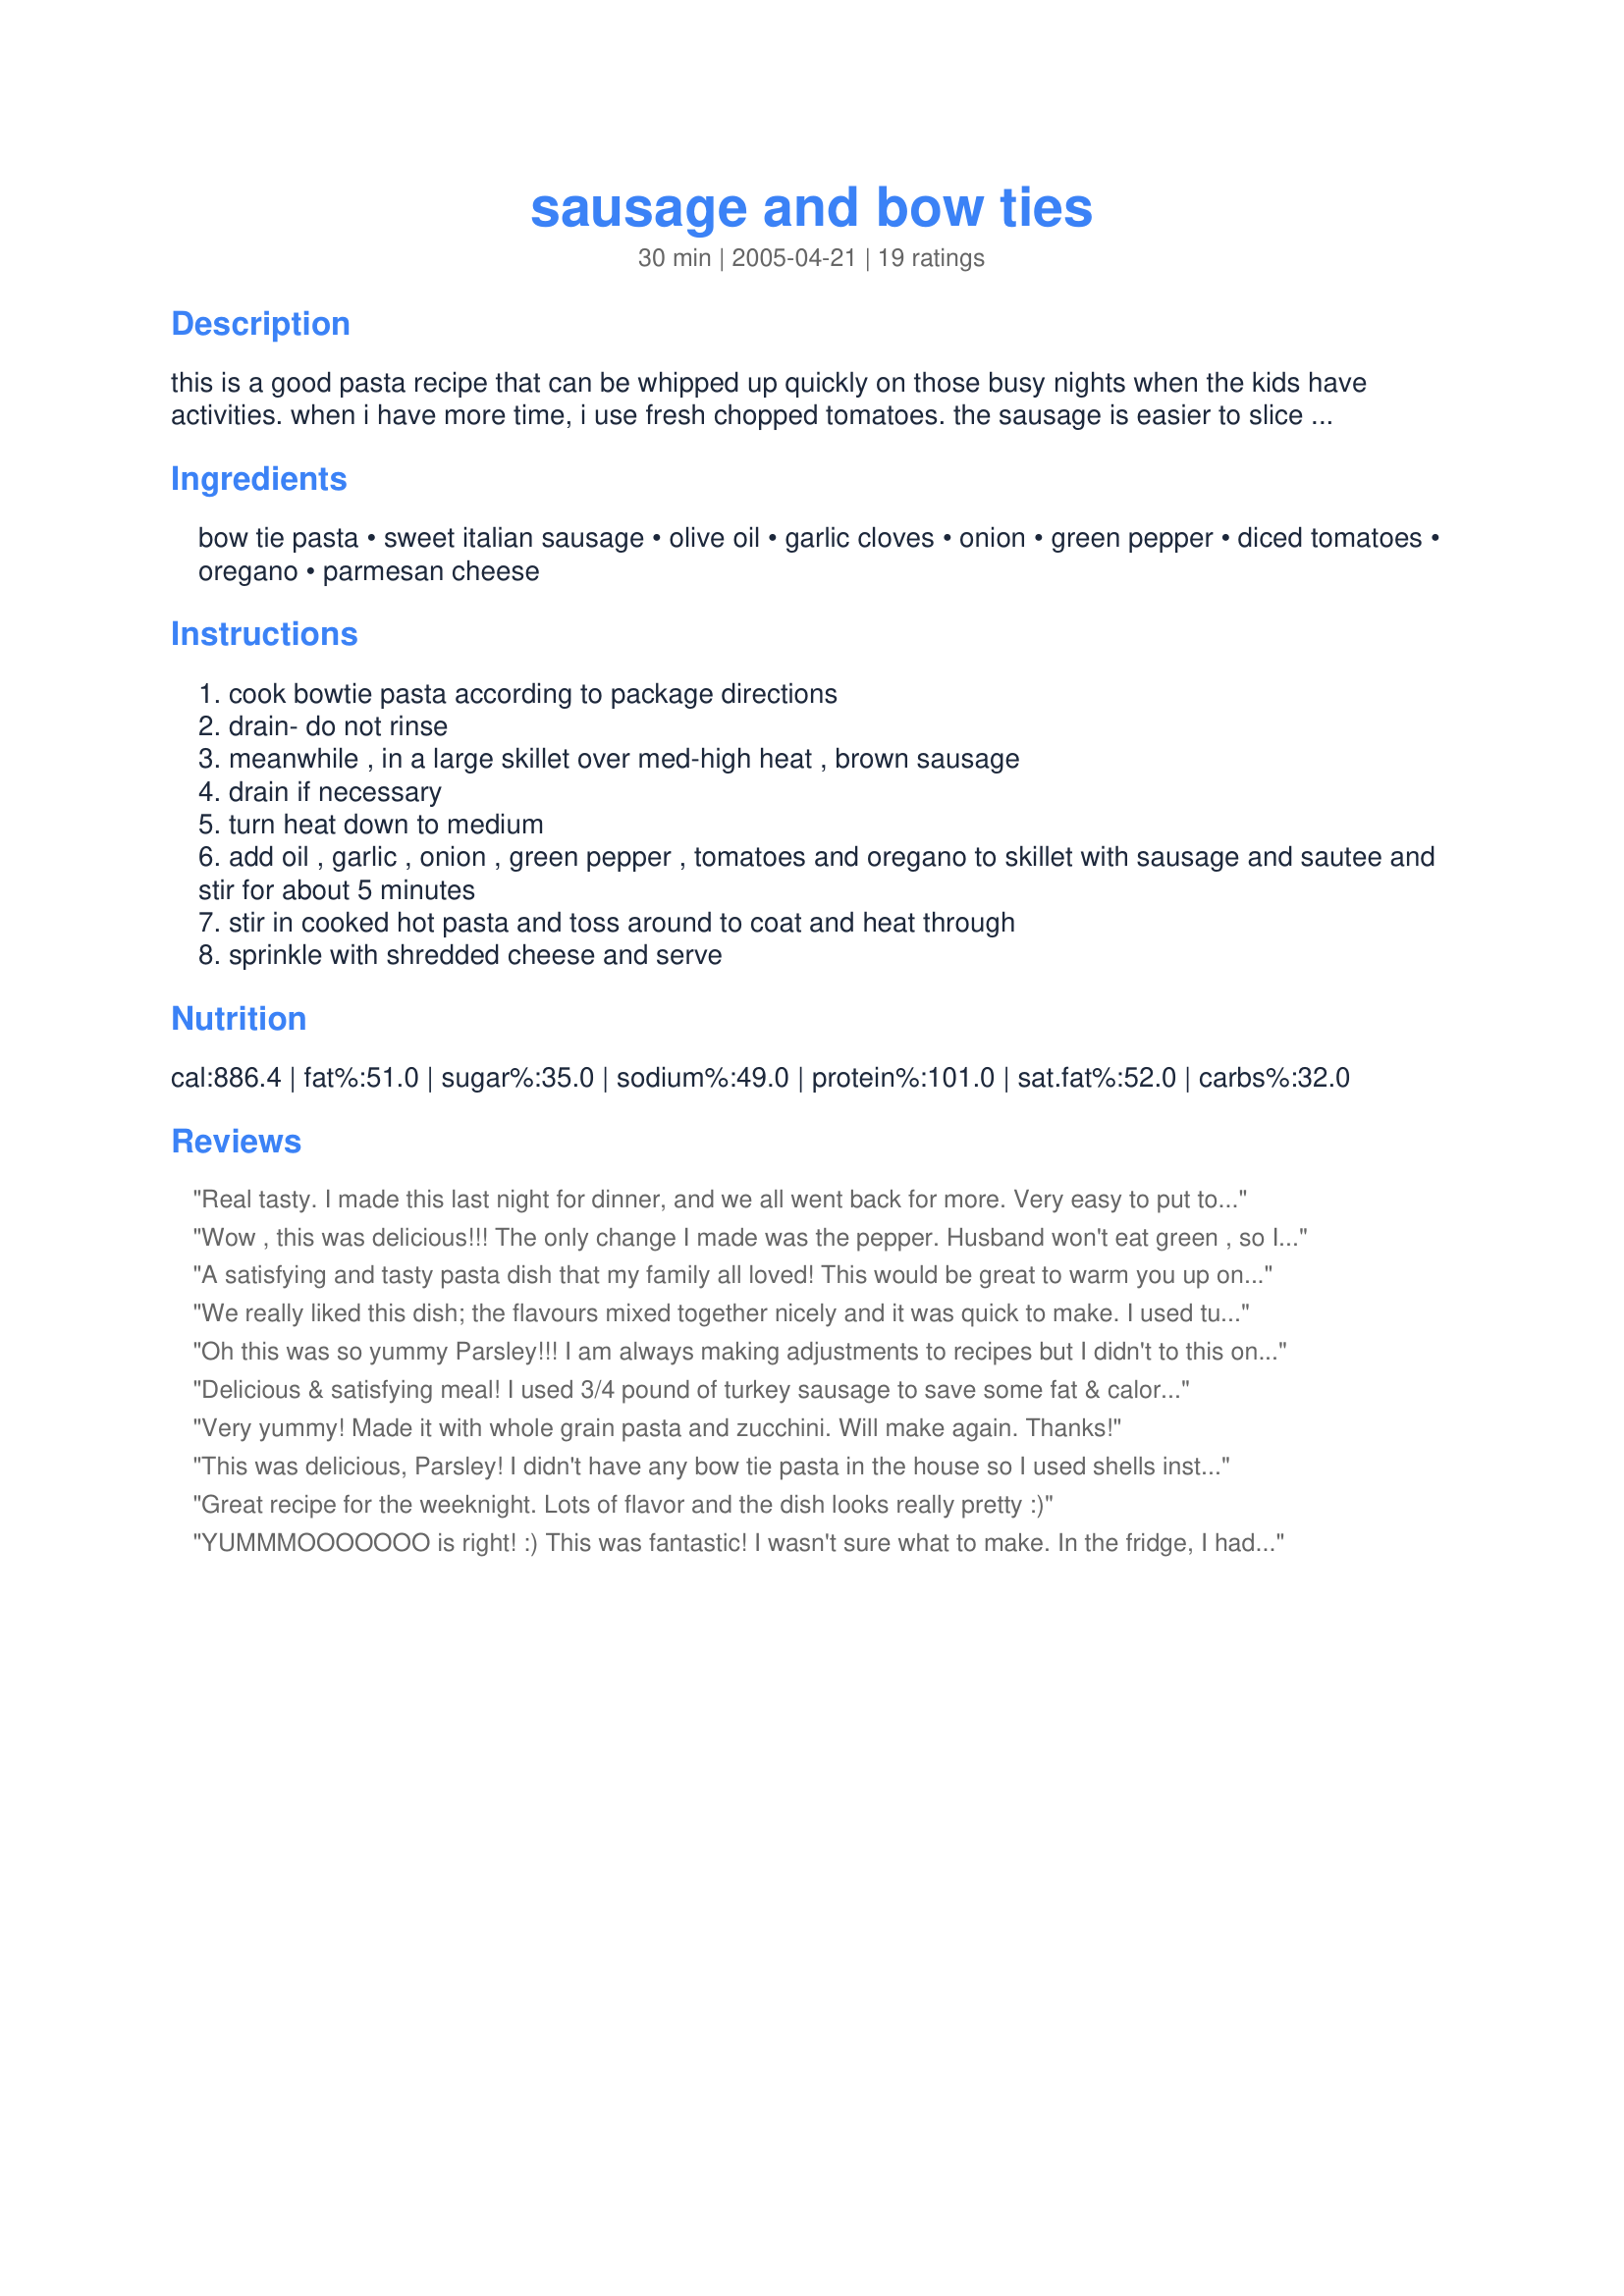
sausage and bow ties
Preparation time: 30 minutes

this is a good pasta recipe that can be whipped up quickly on those busy nights when the kids have activities. when i have more time, i use fresh chopped tomatoes. the sausage is easier to slice if you stick it in the freezer for about 20-30 minutes to firm it up a bit. cook time includes pasta cooking time.

Ingredients:
bow tie pasta, sweet italian sausage, olive oil, garlic cloves, onion, green pepper, diced tomatoes, oregano, parmesan cheese

Steps:
cook bowtie pasta according to package directions
drain- do not rinse
meanwhile , in a large skillet over med-high heat , brown sausage
drain if necessary
turn heat down to medium
add oil , garlic , onion , green pepper , tomatoes and oregano to skillet with sausage and sautee and stir for about 5 minutes
stir in cooked hot pasta and toss around to coat and heat through
sprinkle with shredded cheese and serve

Reviews:
Real tasty. I made this last night for dinner, and we all went back for more. Very easy to put together, although I think next time I'll leave the sausage in the freezer longer. Had a heck of a time slicing it neatly, but it all worked out in the end.Thanks!
Wow , this was delicious!!!
The only change I made was the pepper. Husband won't eat green , so I used a red ... and I didn't slice up the sausage, I took it out of it's casing (shudders) and fried it up like burger.
Delicious blend of flavors in this one! I just got done eating some re-heated for lunch and I have to say, I almost like it better the next day!
Great recipe Parsley!!! Thanks for sharing!! :)
A satisfying and tasty pasta dish that my family all loved! This would be great to warm you up on a crisp autumn evening, but I'm sure we'll be enjoying your quick-to-make recipe again before fall arrives ~ Thanks!
We really liked this dish; the flavours mixed together nicely and it was quick to make. I used turkey sausages and cut back the recipe back by 1/3 and there was still a generous serving for 4 people. I used the fresh tomato option which I loved because I like pasta dishes that are not too saucy. Made for ZWT & by Food.Commadoes
Oh this was so yummy Parsley!!! I am always making adjustments to recipes but I didn't to this one because it was perfect as is!!!! the only thing I did was minus 1 tbl spoon of oil and add mozzarella to the final finish! I used jalapeno kielbasa from Walmart, it was what I had and it turned out perfect. SO GOOD I had to share it on the food blog!!! wish I could give more than 5 stars http://rockinldschefs.blogspot.com/ THANK YOU
Delicious & satisfying meal! I used 3/4 pound of turkey sausage to save some fat & calories. And, I used yellow peppers instead of green. I've tried similar recipes without the results that I got from this recipe - perfect combination of ingredients.
Very yummy! Made it with whole grain pasta and zucchini. Will make again. Thanks!
This was delicious, Parsley! I didn't have any bow tie pasta in the house so I used shells instead and it turned out wonderfully! My entire family enjoyed their meal. This is a very quick dish to put together and quite satisfying. We are looking forward to having the leftovers again tomorrow ; )
Great recipe for the weeknight. Lots of flavor and the dish looks really pretty :)
YUMMMOOOOOOO is right! :) This was fantastic! I wasn't sure what to make. In the fridge, I had some chunks of red, orange and green bell peppers; also a little sweet italian sausage. Mark wanted breakfast for dinner, and that just didn't sound good to me. So, I came upon this wonderful recipe with the ingredients on hand. The sausage wasn't links, and I didn't have any parmesan cheese, but I put some shaved gouda over the top with some parsley, Parsley! LOL! I will DEFINITELY make this again. I'm so glad I waited to make dinner! Thank you sooo much!
I found this very similar to my "Recipe #181314" It was a interesting change to add tomatoes though. I did find that 2 cans of tomatoes was too much though. My DH loved it though cause I'm not a big fan of canned tomatoes, so I never cook with them.
Quick, simple, tasty. I will make two small changes next time; less bow ties and more sausage.
Very good, quick and easy. I scaled by 1/2, used fresh roma's and a 1 lb tube of Jimmy Dean Italian sausage. Didn't use the green pepper as I didn't have it. Also didn't use the olive oil, just left a bit of the sausage grease. I replaced the parmesan with just a sprinkle mozzarella, as that is all I had. When I make it with can tomatoes I will drain them. Thanks for posting!
Superb for such quick meal. I added fresh basil and extra garlic. I also stirred in cheese to combine the flavors well. For ZWT.
This is really good!! I did make a couple of changes tho, using yellow pepper instead of green just because of preference and I didn't have the sweet Italian sausage on hand, but breakfast links, which I cooked up and used and it was really good! I wasn't sure if I was to drain the tomatoes or not, but didn't and glad of that! :) My husband just kept saying how much he loved the flavor and said he'd like it in the meal rotation, so thank you Parsley, for a tasty addition! :)
I made this recipe on 6/13/09 for the " Hot, Spicy, & Tasty " event, and also for mine and SO's dinner.Since there was just us two the recipe was cut in half. I did have to make a couple of changes due to what I had on hand. They were as follows, instead of the italian sausage, smoked was used. And I had a can of diced tomatoes that already had onions and peppers in it. Other than those changes the recipe was made as it was written. My SO and both thought it was "just o.k. " . But, I will say that it was a very quick and easy recipe to throw together. Thanks for posting and, " Keep Smiling :) "
I prepared this recipe tonight, it was pretty good, my kids LOVED it, but I felt it needed something like some more salt, but I am a salt lover. Will definitely make this again, a great quick family pleasing meal!!
I wanted to try this and yummo as rachel ray would say. This meal is worth more than 5 stars.

I doubled the spices and cheese and I think next time Oh yes there will be many next times with this meal, I want to double the sausage. Our 20 year old kept calling them meatballs lol 

Parsley I should have known a mother with 4 boys, we have 3 here and a girl that this meal would be a super hit.. If anyone wants a new meal that is easy and doesn't take that long, give this a try.

Thanks for sharing this wonderful recipe with us.
:)
This was a quick and easy lunch and a great way to use up some turkey sausage that I had from last night's grilled pizzas. I could see how this recipe could be a kid-pleaser. I have plenty of leftovers for DH's and my lunch tomorrow. Thanks. Made for ZWT7
